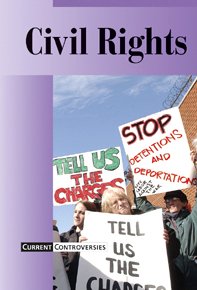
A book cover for Civil Rights (Current Controversies); James D. Torr; Teen & Young Adult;